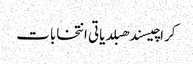
کراچیسندھبلدیاتی انتخابات